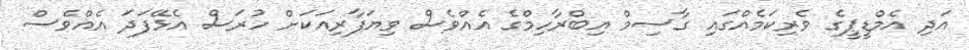
އަދި އެމްޑީޕީގެ ވެރިކަމެއްގައި ގާސިމް އިބްރާހިމްގެ އެއްވެސް ވިޔަފާރިއަކަށް ހުރަސް އެޅޭފަދަ އެއްވެސް